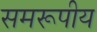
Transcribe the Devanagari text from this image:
समरूपीय